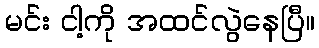
မင်း ငါ့ကို အထင်လွဲနေပြီ။